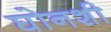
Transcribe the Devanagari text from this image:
घोनशी